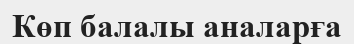
Көп балалы аналарға